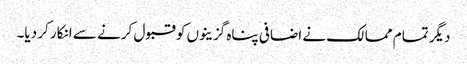
دیگر تمام ممالک نے اضافی پناہ گزینوں کو قبول کرنے سے انکار کر دیا۔